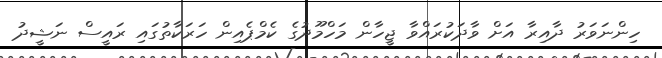
ހިންނަވަރު ދާއިރާ އަށް ވާދަކުރައްވާ ޖީހާން މަހްމޫދުގެ ކެމްޕެއިން ހަރަކާތުގައި ރައީސް ނަޝީދު